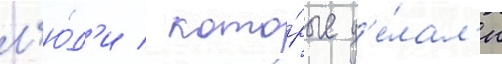
л'ю́д'и / кото́рые д'е́лал'и